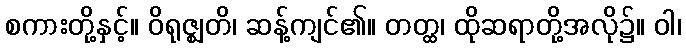
စကားတို့နှင့်။ ဝိရုဇ္ဈတိ၊ ဆန့်ကျင်၏။ တတ္ထ၊ ထိုဆရာတို့အလို၌။ ဝါ၊